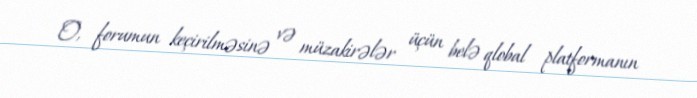
O, forumun keçirilməsinə və müzakirələr üçün belə qlobal platformanın